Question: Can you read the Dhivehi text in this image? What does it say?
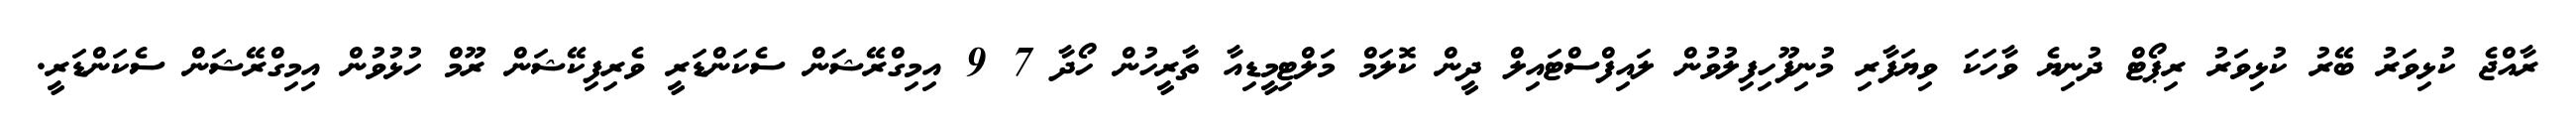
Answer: ރާއްޖެ ކުޅިވަރު ބޭރު ކުޅިވަރު ރިޕޯޓް ދުނިޔެ ވާހަކަ ވިޔަފާރި މުނިފޫހިފިލުވުން ލައިފްސްޓައިލް ދީން ކޮލަމް މަލްޓިމީޑިއާ ތާރީހުން ހޯދާ 7 9 އިމިގްރޭޝަން ސެކަންޑަރީ ވެރިފިކޭޝަން ރޫމް ހުޅުވުން އިމިގްރޭޝަން ސެކަންޑަރީ.